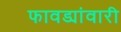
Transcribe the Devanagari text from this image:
फावड्यांवारी